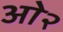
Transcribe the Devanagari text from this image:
ओ२